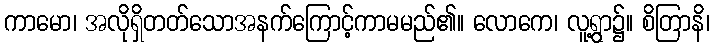
ကာမော၊ အလိုရှိတတ်သောအနက်ကြောင့်ကာမမည်၏။ လောကေ၊ လူ့ရွာ၌။ စိတြာနိ၊